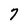
Character: 7